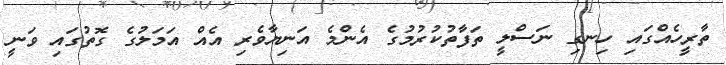
ތާރީހެއްގައި ހިނގި ނަސްލީ ތަފާތުކުރުމުގެ އެންމެ އަނިޔާވެރި އެއް އަމަލުގެ ގޮތުގައި ވަނީ